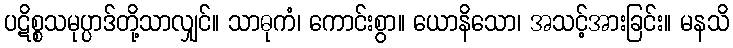
ပဋိစ္စသမုပ္ပာဒ်တို့သာလျှင်။ သာဓုကံ၊ ကောင်းစွာ။ ယောနိသော၊ အသင့်အားခြင်း။ မနသိ